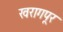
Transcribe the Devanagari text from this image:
खरागपूर